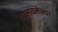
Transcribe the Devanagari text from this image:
पालटलेल्या